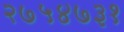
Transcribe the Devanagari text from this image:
२७५४७३१